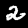
Digit: 2